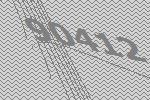
90412